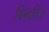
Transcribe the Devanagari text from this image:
विन्दति॥